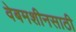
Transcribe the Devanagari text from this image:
वेबमशीनसाठी